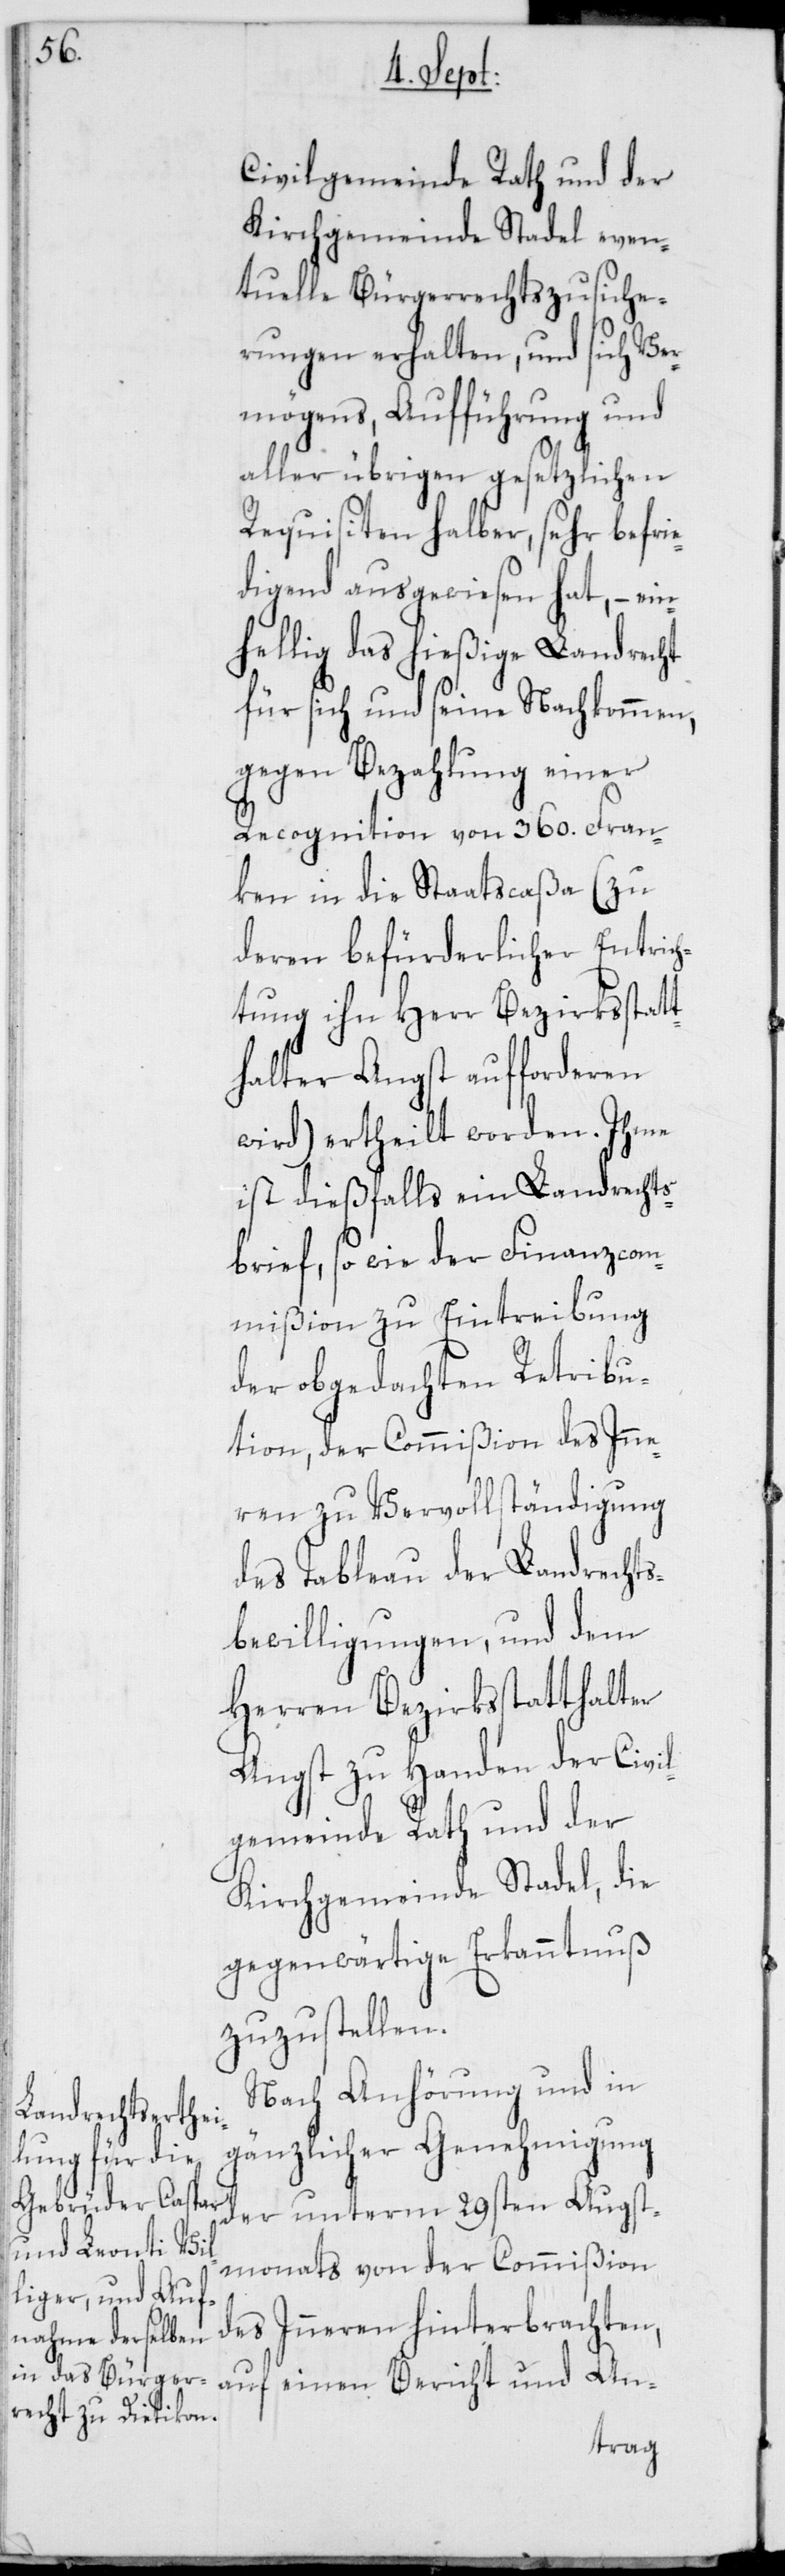
Civilgemeinde Raht und der
Kirchgemeinde Stadel even¬
tuelle Bürgerrechtszusiche¬
rungen erhalten, und sich Ver¬
mögens, Aufführung und
aller übrigen gesetzlichen
Requisiten halber, sehr befrie¬
digend ausgewiesen hat, – ei¬
nhellig das hießige Landrecht
für sich und seine Nachkommen,
gegen Bezahlung einer
Recognition von 360. Fran¬
ken in die Staatscaßa (zu
deren befürderlicher Entrich¬
tung ihn Herr Bezirksstatt¬
halter Angst aufforderen
wird) ertheilt worden. Ihme
ist dießfalls ein Landrechts¬
brief, so wie der Finanzcom¬
mißion zu Eintreibung
der obgedachten Retribu¬
tion, der Commißion des Inne¬
ren zu Vervollständigung
des Tableau der Landrechts¬
bewilligungen, und dem
Herren Bezirksstatthalter
Angst zu Handen der Civil¬
gemeinde Rath und der
Kirchgemeinde Stadel, die
gegenwärtige Erkanntnuß
zuzustellen.
Nach Anhörung und in
gänzlicher Genehmigung
der unterm 29sten Augst¬
monats von der Commißion
des Inneren hinterbrachten,
auf einen Bericht und An-